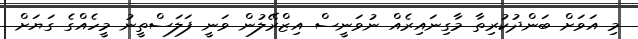
މި އަވަށް ބަންދުކުރިތާ މާގިނައިރެއް ނުވަނީސް އިޒްރޭލުން ވަނީ ފަލަސްތީނު މީހެއްގެ ގަޔަށް